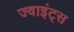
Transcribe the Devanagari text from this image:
ज्वाइंट्स